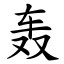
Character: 轰